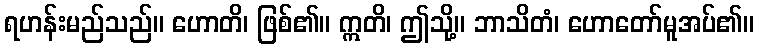
ရဟန်းမည်သည်။ ဟောတိ၊ ဖြစ်၏။ ဣတိ၊ ဤသို့။ ဘာသိတံ၊ ဟောတော်မူအပ်၏။